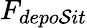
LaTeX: F_{depo\mathcal{S}it}